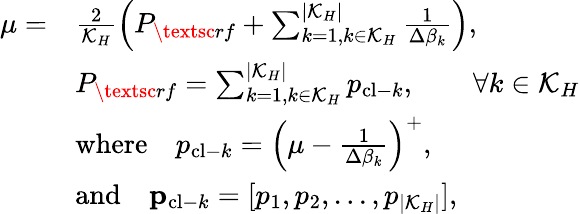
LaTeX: \begin{array}{rl}{\mu=}&{\frac{2}{\mathcal{K}_{H}}\left(P_{\textsc{rf}}+\sum_{k=1,k\in\mathcal{K}_{H}}^{|\mathcal{K}_{H}|}\frac{1}{{\Delta\beta_{k}}}\right),}\\ &{P_{\textsc{rf}}=\sum_{k=1,k\in\mathcal{K}_{H}}^{|\mathcal{K}_{H}|}p_{\mathrm{cl-}k},\qquad\forall k\in\mathcal{K}_{H}}\\ &{\mathrm{where}\quad p_{\mathrm{cl-}k}=\left(\mu-\frac{1}{{\Delta\beta_{k}}}\right)^{+},}\\ &{\mathrm{and}\quad{\mathbf p}_{\mathrm{cl-}k}=[p_{1},p_{2},...,p_{|\mathcal{K}_{H}|}],}\end{array}